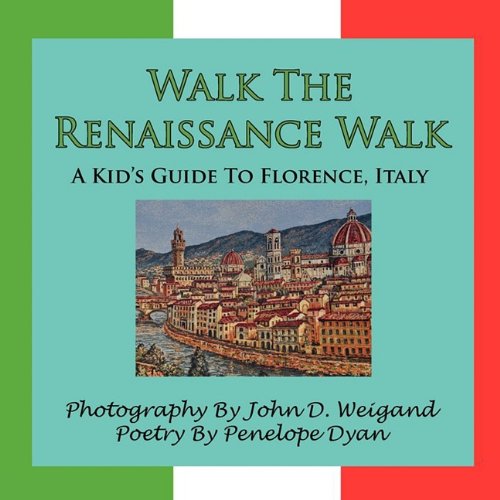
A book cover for Walk the Renaissance Walk---A Kid's Guide to Florence, Italy; Penelope Dyan; Children's Books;